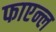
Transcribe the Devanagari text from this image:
फाएन्ल